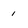
Character: 1